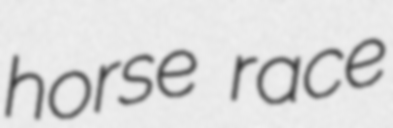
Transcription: horse race